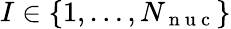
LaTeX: I\in\lbrace 1,\dots,{N_{\mathrm{~n~u~c~}}}\rbrace